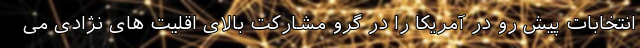
انتخابات پیش رو در آمریکا را در گرو مشارکت بالای اقلیت های نژادی می